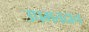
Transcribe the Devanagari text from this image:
उपमतदान